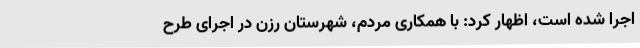
اجرا شده است، اظهار کرد: با همکاری مردم، شهرستان رزن در اجرای طرح